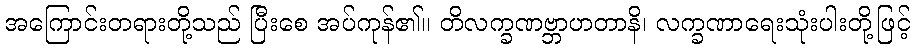
အကြောင်းတရားတို့သည် ပြီးစေ အပ်ကုန်၏။ တိလက္ခဏဗ္ဘာဟတာနိ၊ လက္ခဏာရေးသုံးပါးတို့ဖြင့်